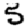
Digit: 5